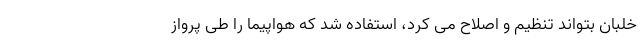
خلبان بتواند تنظیم و اصلاح می کرد، استفاده شد که هواپیما را طی پرواز